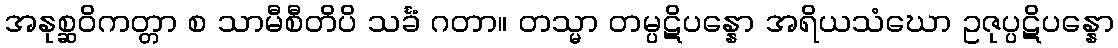
အနုစ္ဆဝိကတ္တာ စ သာမီစီတိပိ သင်္ခံ ဂတာ။ တသ္မာ တမ္ပဋိပန္နော အရိယသံဃော ဥဇုပ္ပဋိပန္နော